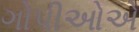
ગોપીઓએ